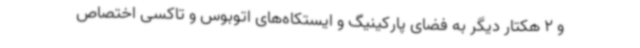
و 2 هکتار دیگر به فضای پارکینیگ و ایستکاه‌های اتوبوس و تاکسی اختصاص